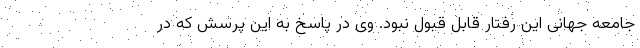
جامعه جهانی این رفتار قابل قبول نبود. وی در پاسخ به این پرسش که در